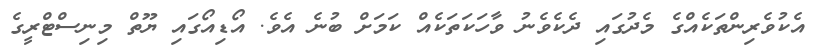
އެކުވެރިންތަކެއްގެ މެދުގައި ދެކެވެނު ވާހަކަތަކެއް ކަމަށް ބުނެ އެވެ. އޯޑިއޯގައި ޔޫތް މިނިސްޓްރީގެ